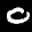
Label: 0